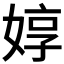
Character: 𱙛